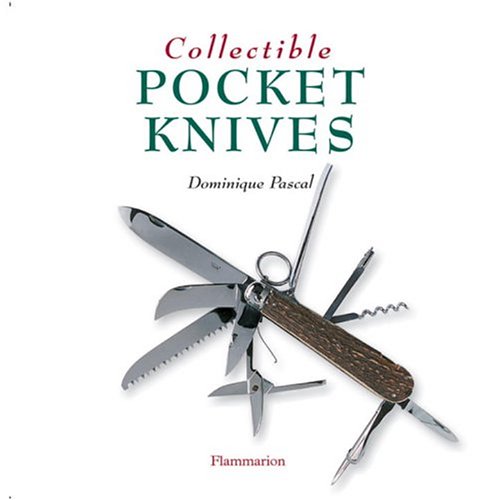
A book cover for Collectible Pocket Knives (Collectibles); Dominique Pascal; Crafts, Hobbies & Home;